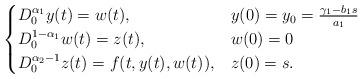
LaTeX: \begin{align*}\begin{cases}D^{\alpha_1}_0y(t) = w(t), & y(0) = y_0 = \frac{\gamma_1-b_1s}{a_1}\\D^{1-\alpha_1}_0w(t) = z(t), & w(0) = 0\\D^{\alpha_2-1}_0z(t) = f(t,y(t),w(t)), & z(0) = s.\end{cases}\end{align*}